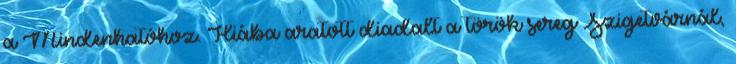
a Mindenhatóhoz. Hiába aratott diadalt a török sereg Szigetvárnál,